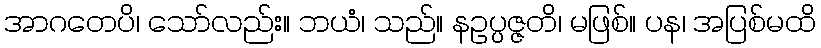
အာဂတေပိ၊ သော်လည်း။ ဘယံ၊ သည်။ နဥပ္ပဇ္ဇတိ၊ မဖြစ်။ ပန၊ အပြစ်မထိ